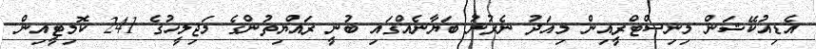
އެޑިއުކޭޝަން މިނިސްޓްރީއިން މިއަދު ނެރުނު ބަޔާނެއްގައި ބުނީ ރައްޔިތުންގެ މަޖިލީހުގެ 241 ކޮމިޓީއިން